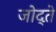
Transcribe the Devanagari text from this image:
जोद्ते